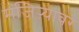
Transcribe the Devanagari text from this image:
मंजिऱ्यावर